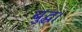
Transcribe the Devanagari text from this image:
बुद्ध।